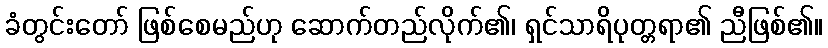
ခံတွင်းတော် ဖြစ်စေမည်ဟု ဆောက်တည်လိုက်၏၊ ရှင်သာရိပုတ္တရာ၏ ညီဖြစ်၏။